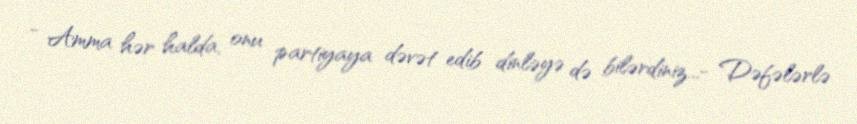
- Amma hər halda, onu partiyaya dəvət edib dinləyə də bilərdiniz...- Dəfələrlə